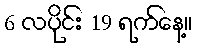
6 လပိုင်း 19 ရက်နေ့။